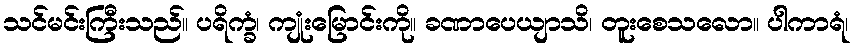
သင်မင်းကြီးသည်။ ပရိက္ခံ၊ ကျုံးမြောင်းကို။ ခဏာပေယျာသိ၊ တူးစေသလော။ ပါကာရံ၊